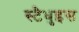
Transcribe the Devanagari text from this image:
स्टैधुइस